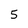
Character: 5